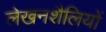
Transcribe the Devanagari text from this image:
लेखनशैलियों